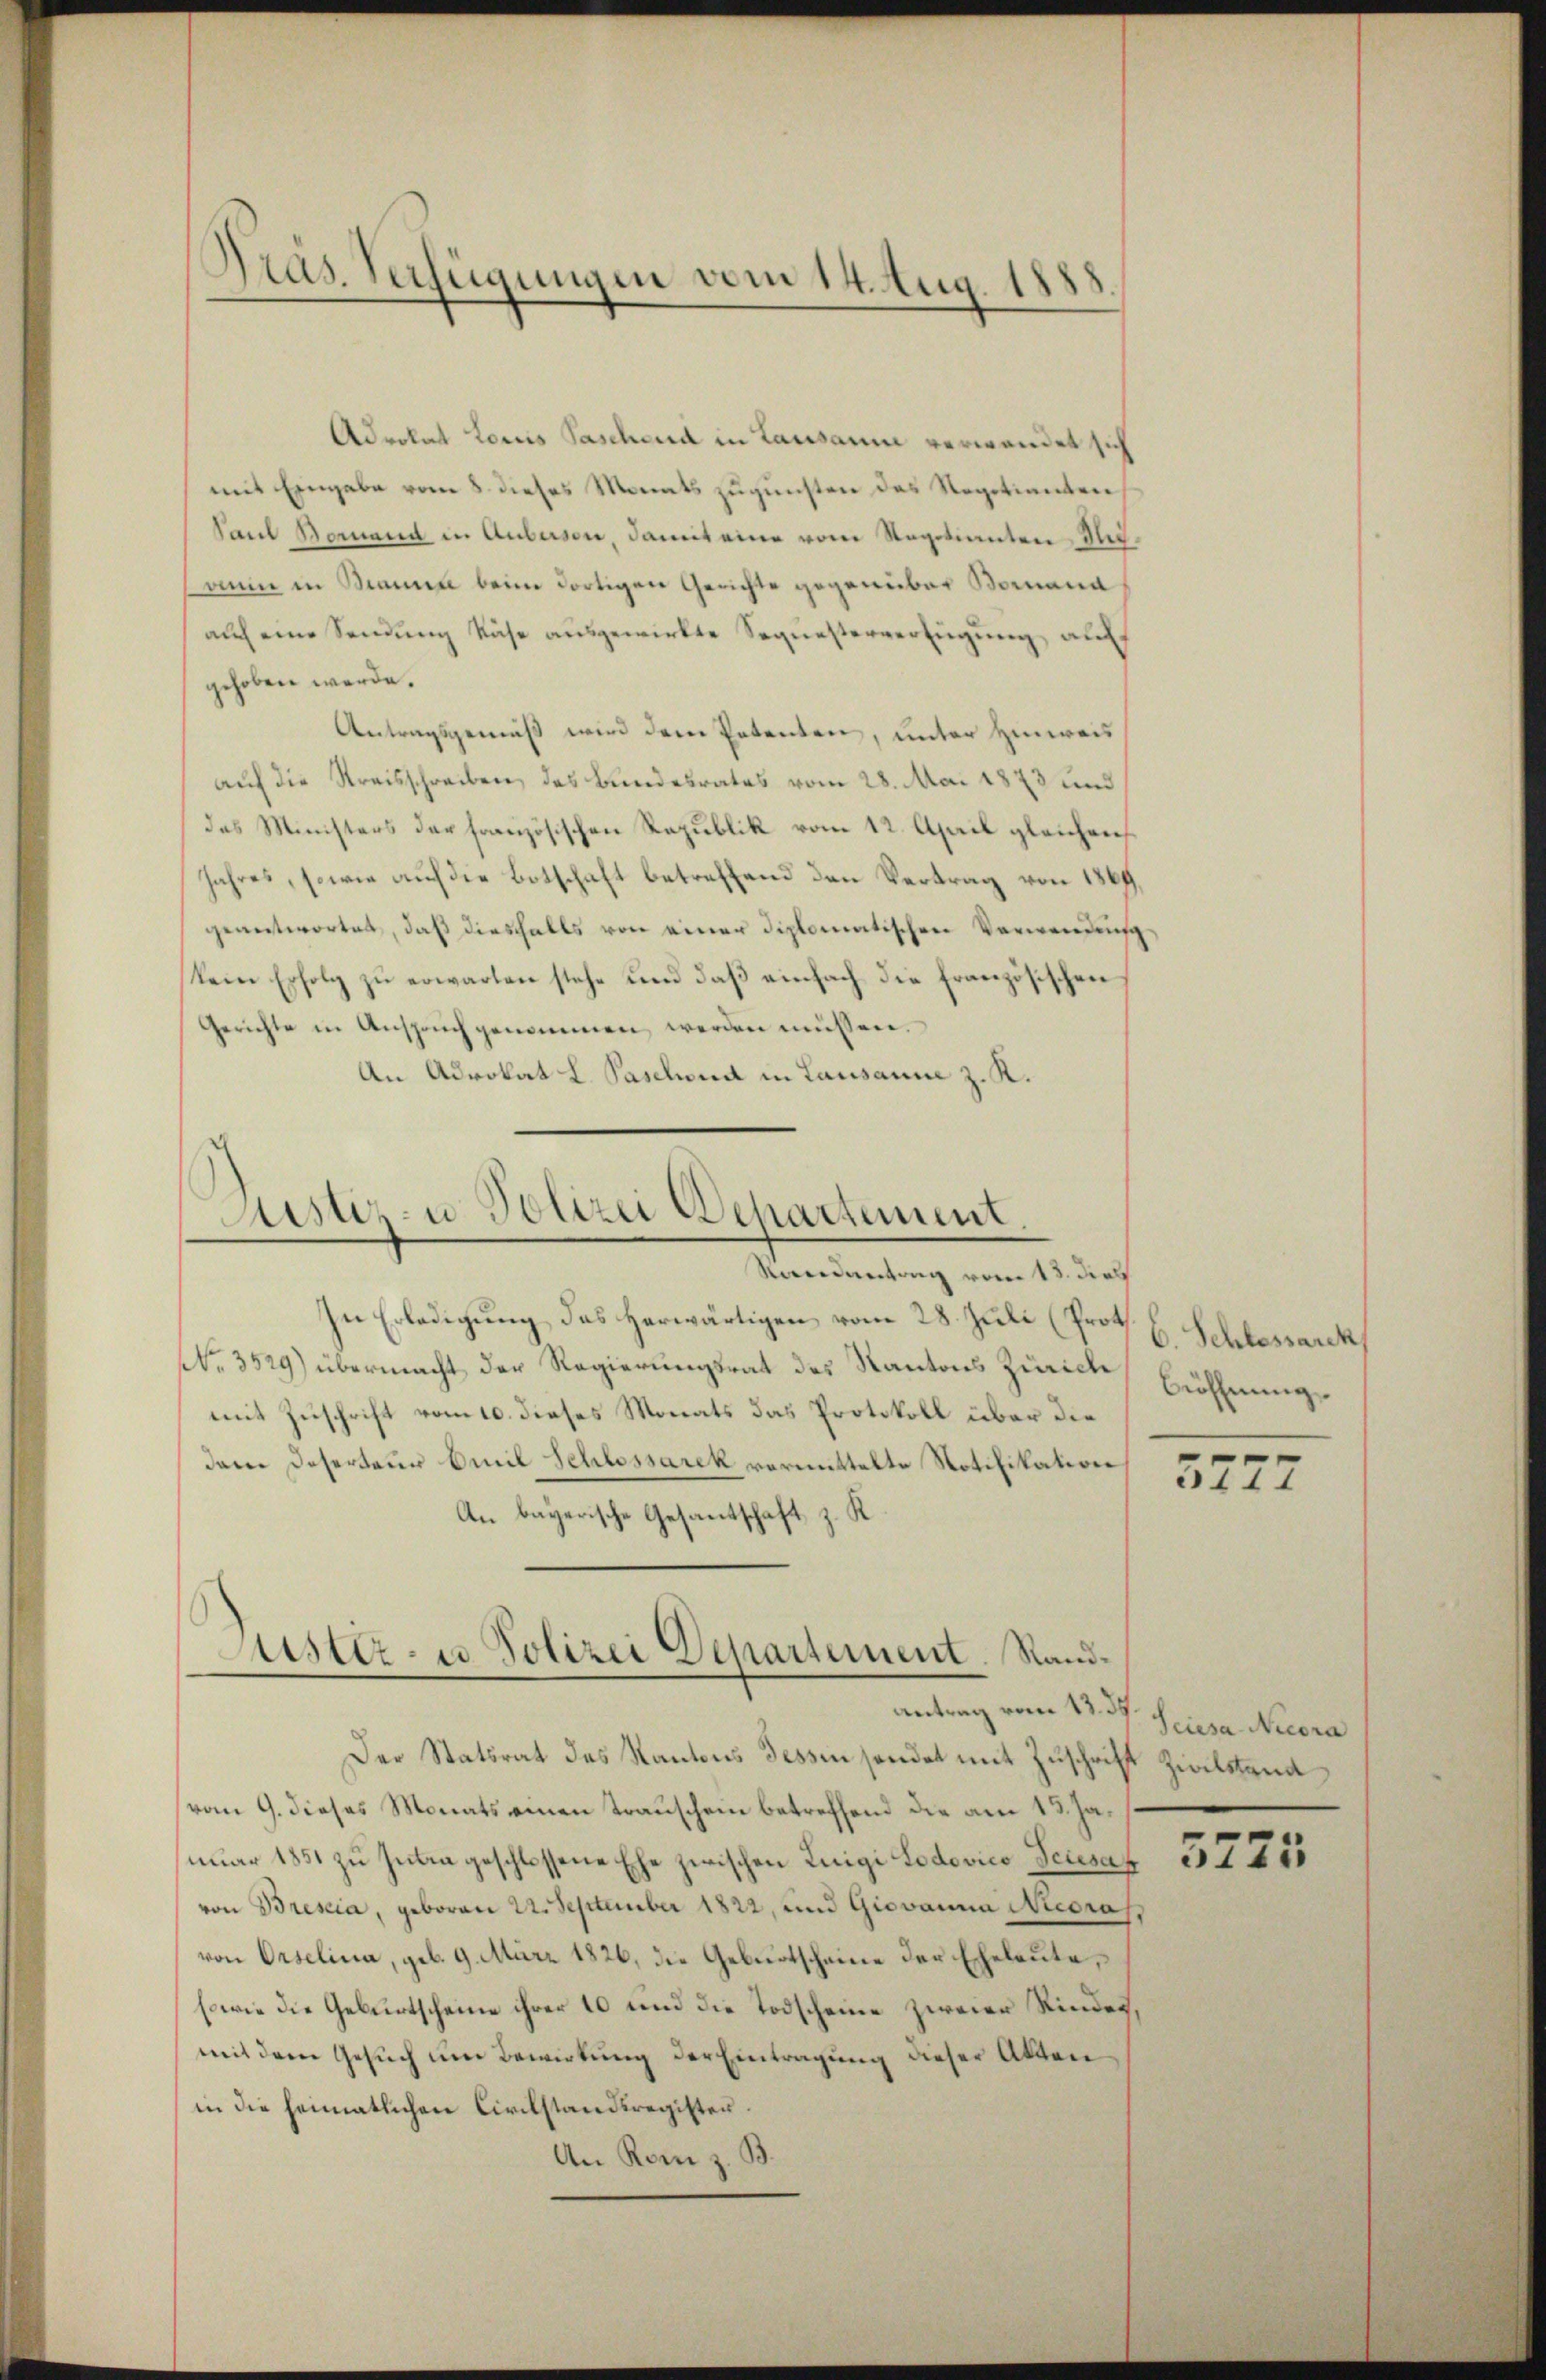
Präs. Verfügungen vom 14. Aug. 1883.

Adrokat Loris Pascheid in Lausanne verwandet sich
mit Eingabe vom 8. dieses Monats zugunsten das Regotianten
Paul Bernand in Anbeisen, damit eine vom Regetianten Meiann in Branna beim dortigen Gerichte gegenüber Bornand
auch eine Sendung Käse ausgewirkte Sequesterverfügung auch,
gehoben werde.
Antragsgemäß wird der Petenten, unter Hinweis
auf die Kreisschreiben, des Bundesrates vom 28. Mai 1873 und
des Ministers der französischen Republik vom 12. April gleichnis
Jahres, sowie auf die Botschaft betreffend den Vertrag von 1864
geantwortet, daß diesfalls von einer diplomatischen Verwendung
kein Erfolg zu erwarten stehe und daß einfach die Französischen
Gerichte in Anspruch genommen werden müssen.
An Advokat L. Paschend in Lausanne z. R.

Justiz- u. Polizei Departement.
Kandentrag vom 18. dies

In Erledigung des herwärtigen vom 28. Juli (Prot
No. 3529) übermacht der Regierungsrat des Kantons Zürich, Eröffnung
mit Zuschrift vom 10. dieses Monats das Protokoll über die
dar Deserteur Emil Schlossarek vormittelte Notifikation
An bayerische Gesantschaft, z. K.

Justiz- u Polizei Departement. Sand¬
Antrag vom 13. d. Seesa Necora

C. Schlessarck

Der Statsrat des Kantons Tessin sendet mit Zuschrift Zivilstand
vom 9. dieses Monats einen Trauschein betreffend die am 13. Januar 1851 zu Julia geschlossene Ehe zwischen Luigi Lodovico Feiesal
von Bresia, geboren 22. September 1822, und Giovanna Necorass
von Orselina, geb. 9. März 1826, die Geburtscheine der Eheleute,
sowie die Geburtscheine ihrer 10 und die Todscheine zweier Rinden,
mit dem Gesuch um Bewirkung der Eintragung dieser Akten
in die heimatlichen Civilstandsregisten.
An Rom z. B.

5277

5725